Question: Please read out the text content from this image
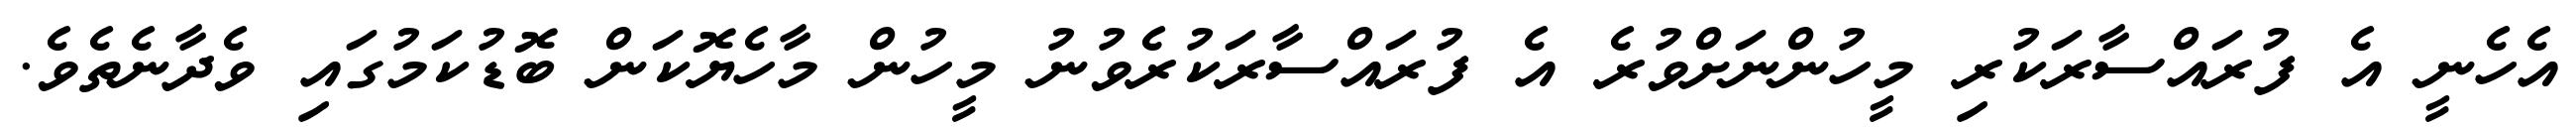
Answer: އެހެނީ އެ ފުރައްސާރަކުރި މީހުންނަށްވުރެ އެ ފުރައްސާރަކުރެވުނު މީހުން މާހެޔޮކަން ބޮޑުކަމުގައި ވެދާނެތެވެ.